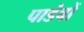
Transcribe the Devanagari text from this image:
पाडंवों